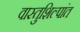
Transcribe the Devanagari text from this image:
वास्तुशिल्पांत